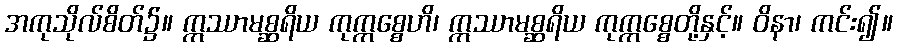
အကုသိုလ်စိတ်၌။ ဣဿာမစ္ဆရိယ ကုက္ကစ္စေဟိ၊ ဣဿာမစ္ဆရိယ ကုက္ကစ္စေတို့နှင့်။ ဝိနာ၊ ကင်း၍။